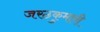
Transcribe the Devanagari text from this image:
जरठकुमारी